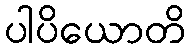
ပါပိယောတိ